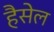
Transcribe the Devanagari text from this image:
हैसेल